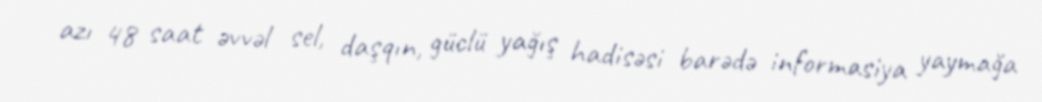
azı 48 saat əvvəl sel, daşqın, güclü yağış hadisəsi barədə informasiya yaymağa